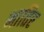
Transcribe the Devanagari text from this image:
भातिए